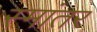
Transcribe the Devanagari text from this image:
स्मांतर